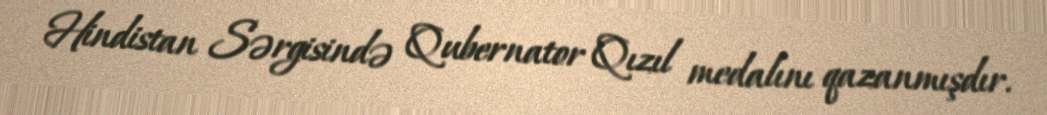
Hindistan Sərgisində Qubernator Qızıl medalını qazanmışdır.